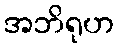
အဘိရုဟ